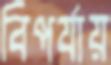
বিপর্যায়